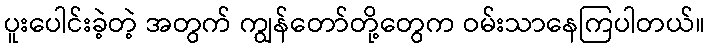
ပူးပေါင်းခဲ့တဲ့ အတွက် ကျွန်တော်တို့တွေက ဝမ်းသာနေကြပါတယ်။